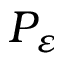
P _ { \varepsilon }